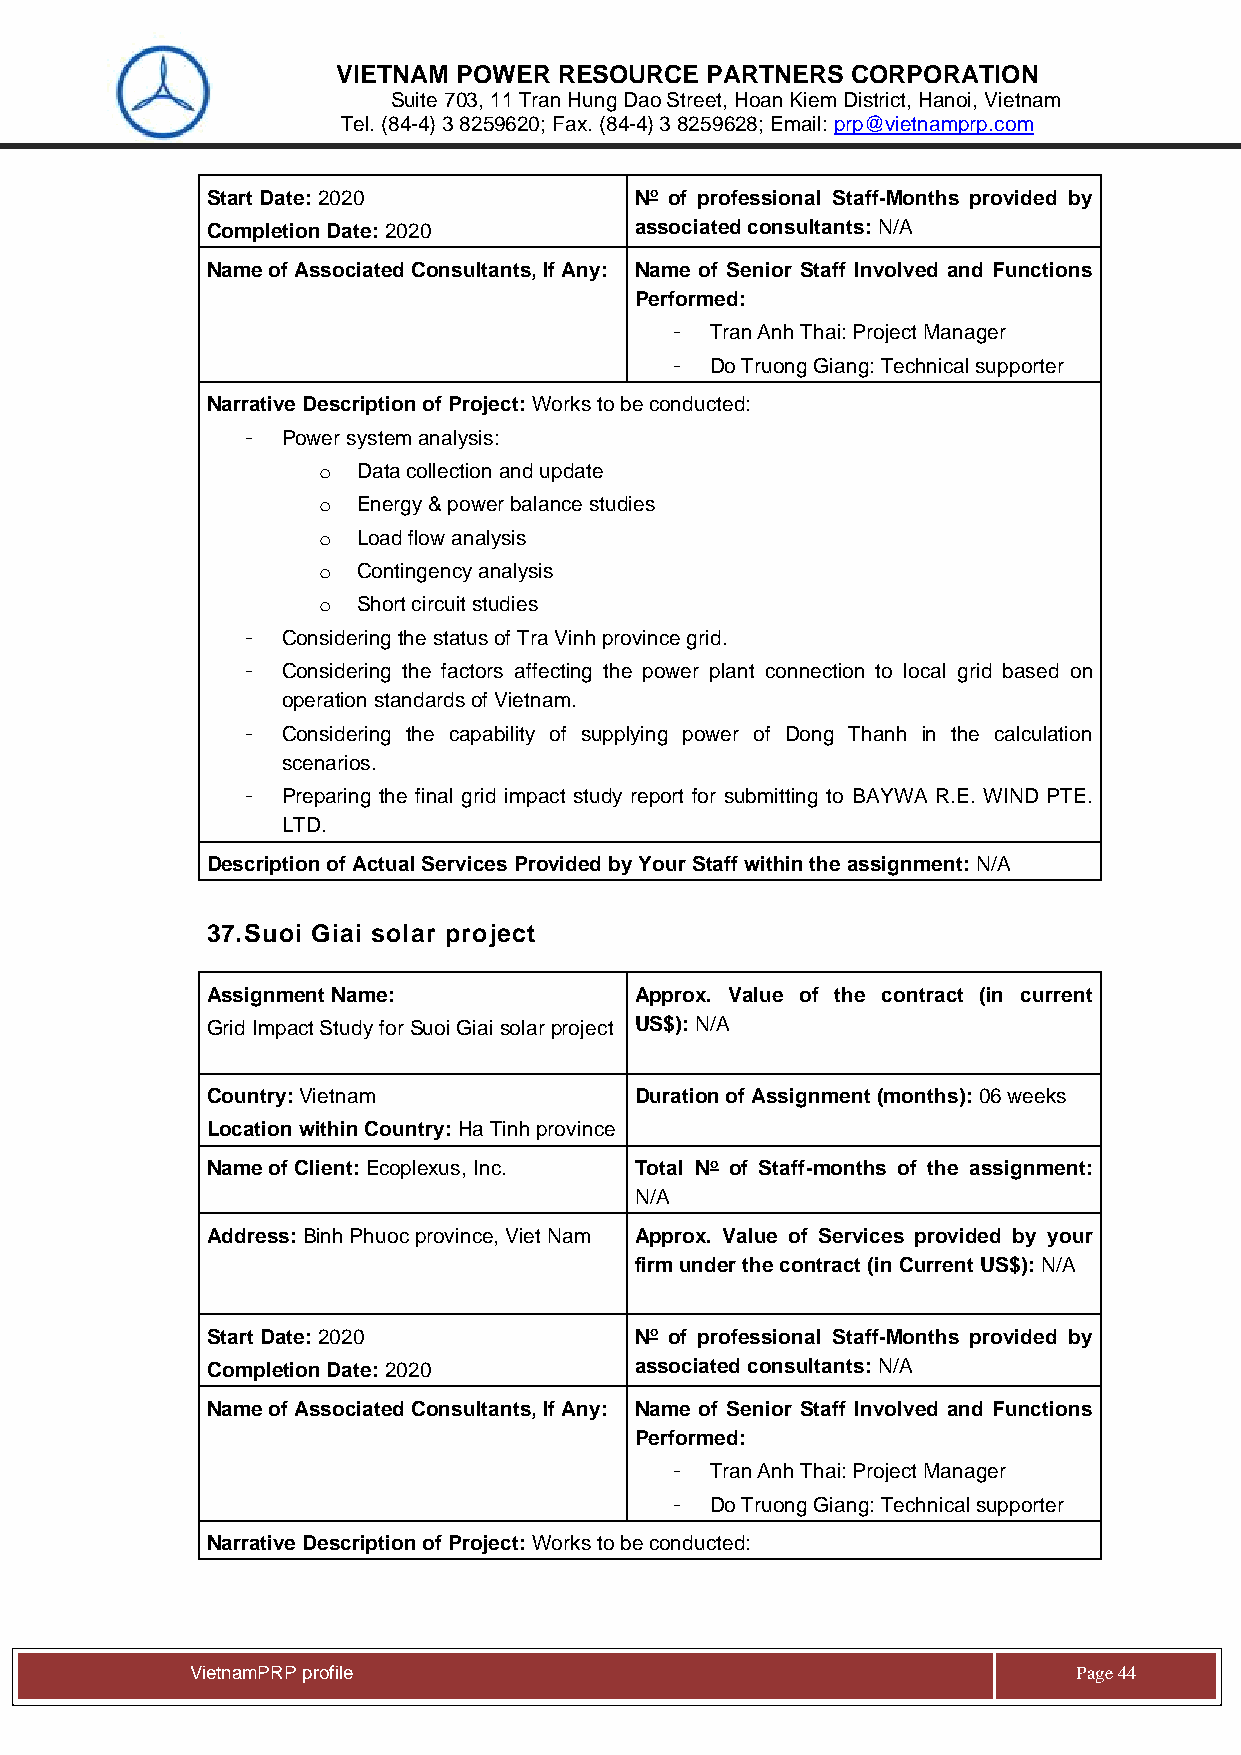
VIETNAM POWER  RESOURCE  PARTNERS CORPORATION
 Suite 703, 11 Tran Hung Dao Street, Hoan Kiem District, Hanoi, Vietnam
 Tel. (84-4) 3 8259620; Fax. (84-4) 3 8259628; Email: prp@vietnamprp.com
 Start Date: 2020            No of professional Staff-Months provided by
 Completion Date: 2020       associated consultants: N/A
 Name of Associated Consultants, If Any: Name of Senior Staff Involved and Functions
 Performed:
 -  Tran Anh Thai: Project Manager
 -  Do Truong Giang: Technical supporter
 Narrative Description of Project: Works to be conducted:
 -  Power system analysis:
 o  Data collection and update
 o  Energy & power balance studies
 o  Load flow analysis
 o  Contingency analysis
 o  Short circuit studies
 -  Considering the status of Tra Vinh province grid.
 -  Considering the factors affecting the power plant connection to local grid based on
 operation standards of Vietnam.
 -  Considering the capability of supplying power of Dong Thanh in the calculation
 scenarios.
 -  Preparing the final grid impact study report for submitting to BAYWA R.E. WIND PTE.
 LTD.
 Description of Actual Services Provided by Your Staff within the assignment: N/A
 37. Suoi Giai solar project
 Assignment Name:            Approx. Value of the contract (in current
 Grid Impact Study for Suoi Giai solar project US$): N/A
 Country: Vietnam            Duration of Assignment (months): 06 weeks
 Location within Country: Ha Tinh province
 Name of Client: Ecoplexus, Inc. Total No of Staff-months of the assignment:
 N/A
 Address: Binh Phuoc province, Viet Nam Approx. Value of Services provided by your
 firm under the contract (in Current US$): N/A
 Start Date: 2020            No of professional Staff-Months provided by
 Completion Date: 2020       associated consultants: N/A
 Name of Associated Consultants, If Any: Name of Senior Staff Involved and Functions
 Performed:
 -  Tran Anh Thai: Project Manager
 -  Do Truong Giang: Technical supporter
 Narrative Description of Project: Works to be conducted:
 Vie tnamPRP profile                                       Page 44